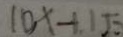
1 0 x - 1 . 1 5